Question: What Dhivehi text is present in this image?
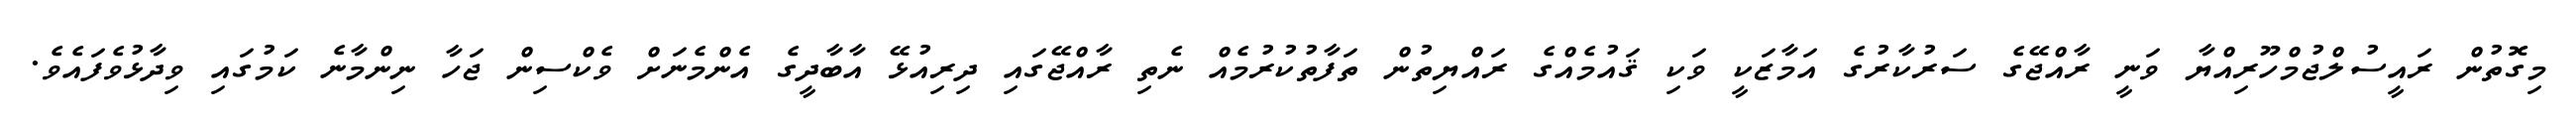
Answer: މިގޮތުން ރައީސުލްޖުމްހޫރިއްޔާ ވަނީ ރާއްޖޭގެ ސަރުކާރުގެ އަމާޒަކީ ވަކި ޤައުމެއްގެ ރައްޔިތުން ތަފާތުކުރުމެއް ނެތި ރާއްޖޭގައި ދިރިއުޅޭ އާބާދީގެ އެންމެނަށް ވެކްސިން ޖަހާ ނިންމާނެ ކަމުގައި ވިދާޅުވެފައެވެ.